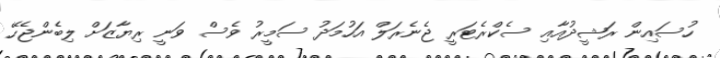
ހުސައިން ރަޝީދުއާއި ސެކްރެޓަރީ ޖެނެރަލް އަހުމަދު ސަމީރު ވެސް ވަނީ ރިޔާޒަށް ލިބެންޖެހޭ